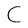
Character: C